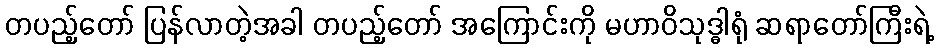
တပည့်တော် ပြန်လာတဲ့အခါ တပည့်တော် အကြောင်းကို မဟာဝိသုဒ္ဓါရုံ ဆရာတော်ကြီးရဲ့